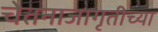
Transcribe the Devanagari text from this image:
चेतनाजागृतीच्या